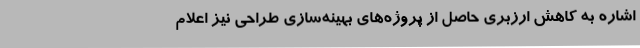
اشاره به کاهش ارزبری حاصل از پروژه‌های بهینه‌سازی طراحی نیز اعلام